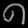
Digit: ၈